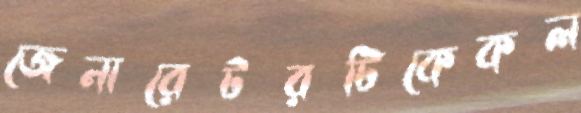
জেনারেটরটিকেকল